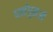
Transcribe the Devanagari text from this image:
धर्मगुरूओं